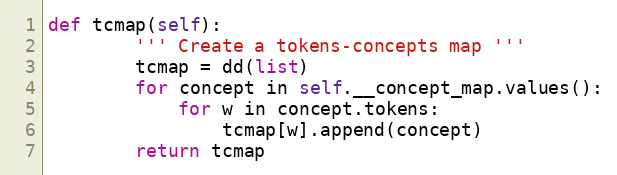
Language: Python
def tcmap(self):
        ''' Create a tokens-concepts map '''
        tcmap = dd(list)
        for concept in self.__concept_map.values():
            for w in concept.tokens:
                tcmap[w].append(concept)
        return tcmap